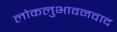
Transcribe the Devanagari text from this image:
लोकलुभावनवाद